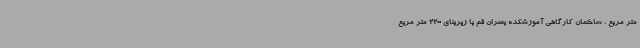
متر مربع ، ساختمان کارگاهی آموزشکده پسران قم با زیربنای 2200 متر مربع